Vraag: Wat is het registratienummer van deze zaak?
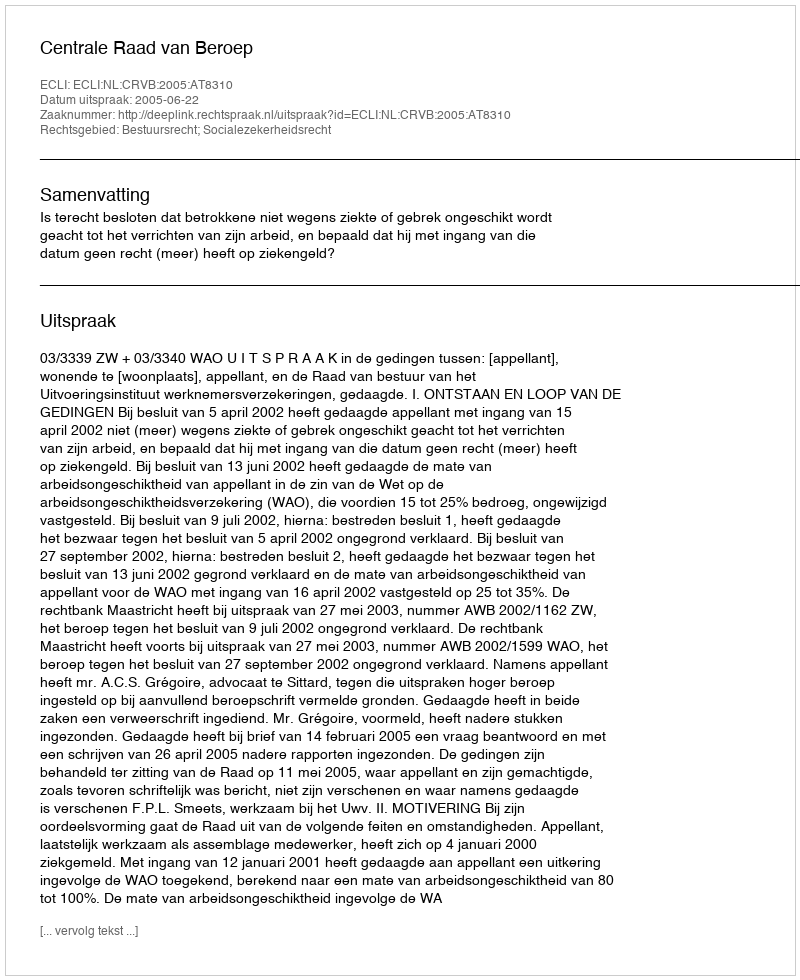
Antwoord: http://deeplink.rechtspraak.nl/uitspraak?id=ECLI:NL:CRVB:2005:AT8310